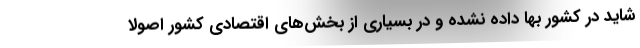
شاید در کشور بها داده نشده و در بسیاری از بخش‌های اقتصادی کشور اصولا